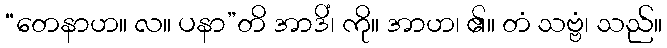
“တေနာဟ။ လ။ ပနာ”တိ အာဒိံ၊ ကို။ အာဟ၊ ၏။ တံ သဗ္ဗံ၊ သည်။